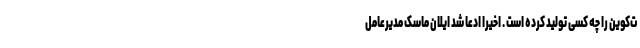
ت‌کوین را چه کسی تولید کرده است . اخیرا ادعا شد ایلان ماسک مدیرعامل